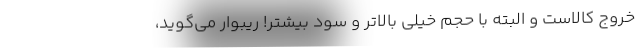
خروج كالاست و البته با حجم خيلي بالاتر و سود بيشتر! ريبوار مي‌گويد،